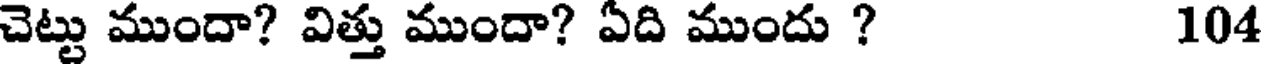
చెట్టు ముందా? విత్తు ముందా? ఏది ముందు ? 104